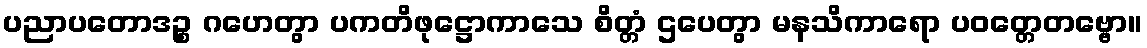
ပညာပတောဒဉ္စ ဂဟေတွာ ပကတိဖုဋ္ဌောကာသေ စိတ္တံ ဌပေတွာ မနသိကာရော ပဝတ္တေတဗ္ဗော။